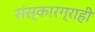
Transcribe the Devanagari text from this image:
संस्कारग्राही